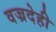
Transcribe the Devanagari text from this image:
वज्रदेही